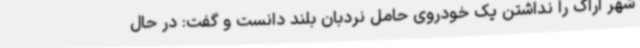
شهر اراک را نداشتن یک خودروی حامل نردبان بلند دانست و گفت: در حال